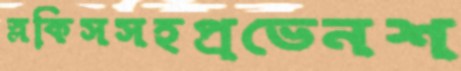
স্লকিসসহপ্রভেনশ